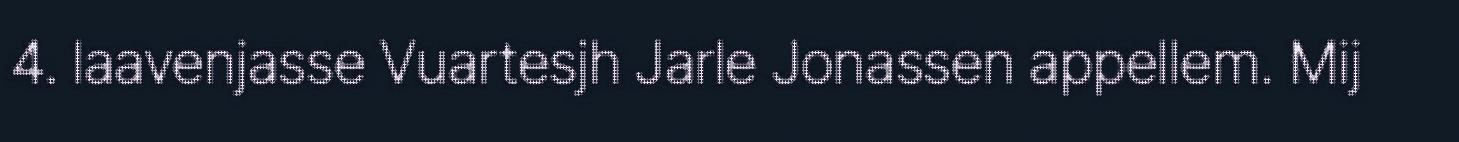
4. laavenjasse Vuartesjh Jarle Jonassen appellem. Mij